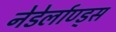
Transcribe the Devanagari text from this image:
नेडेर्लाण्ड्स